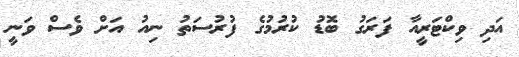
އަދި ވިކްޓަރީއާ ފަރަގު ބޮޑު ކުރުމުގެ ފުރުސަތު ނިއު އަށް ވެސް ވަނީ